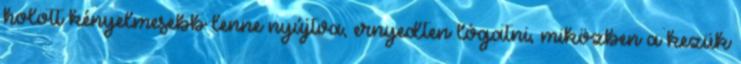
holott kényelmesebb lenne nyújtva, ernyedten lógatni, miközben a kezük